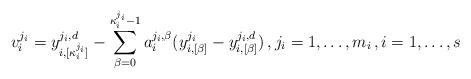
LaTeX: \begin{align*}v_{i}^{j_{i}}=y_{i,[\kappa_{i}^{j_{i}}]}^{j_{i},d}-\sum_{\beta=0}^{\kappa_{i}^{j_{i}}-1}a_{i}^{j_{i},\beta}(y_{i,[\beta]}^{j_{i}}-y_{i,[\beta]}^{j_{i},d})\,,j_{i}=1,\ldots,m_{i}\,,i=1,\ldots,s\end{align*}